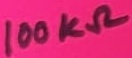
Text: 100KΩ